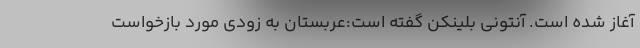
آغاز شده است. آنتونی بلینکن گفته است:عربستان به زودی مورد بازخواست